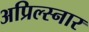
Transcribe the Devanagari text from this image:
अप्रिल्स्नार